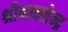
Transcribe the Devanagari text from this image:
श्रीमानवेन्द्र